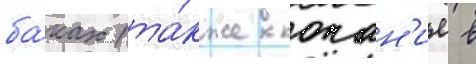
ба́ках (та́кже копан'ие в